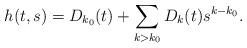
LaTeX: \begin{align*}h(t,s) = D_{k_0} (t) + \sum _{k> k_0} D_k(t) s^{k-k_0} .\end{align*}